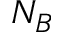
N _ { B }